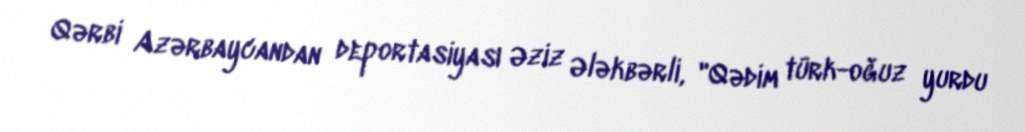
Qərbi Azərbaycandan deportasiyası Əziz Ələkbərli, "Qədim türk-oğuz yurdu